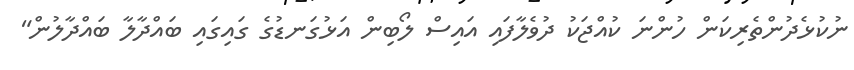
ނުކުޅެދުންތެރިކަން ހުންނަ ކުއްޖަކު ދުވެލާފައި އައިސް ލޯބިން އަޅުގަނޑުގެ ގައިގައި ބައްދާލާ ބައްދާލުން"